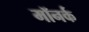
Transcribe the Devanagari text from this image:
मॉनर्क